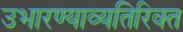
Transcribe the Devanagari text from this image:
उभारण्याव्यतिरिक्त